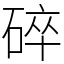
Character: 碎